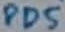
Text: PD5